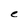
Character: e